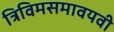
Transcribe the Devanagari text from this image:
त्रिविमसमावयवी